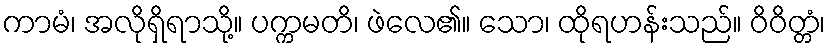
ကာမံ၊ အလိုရှိရာသို့။ ပက္ကမတိ၊ ဖဲလေ၏။ သော၊ ထိုရဟန်းသည်။ ဝိဝိတ္တံ၊